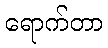
ရောက်တာ